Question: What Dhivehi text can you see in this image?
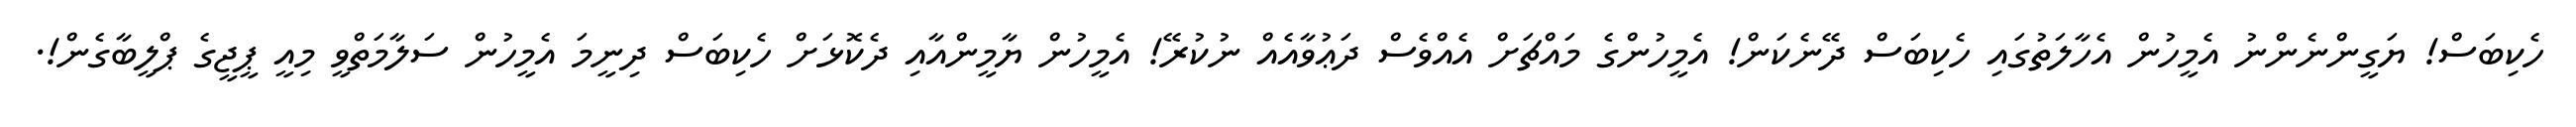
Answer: ހެކިބަސް! ޔަގީންނެންނު އެމީހުން އެހާލަތުގައި ހެކިބަސް ދޭނެކަން! އެމީހުންގެ މައްޗަށް އެއްވެސް ދަޢުވާއެއް ނުކުރޭ! އެމީހުން ޔާމީންއާއި ދެކޮޅަށް ހެކިބަސް ދިނީމަ އެމީހުން ސަލާމަތްވީ މިއީ ޕީޖީގެ ޕްލީބާގެން!.